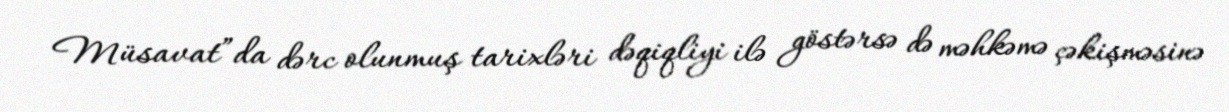
Müsavat”da dərc olunmuş tarixləri dəqiqliyi ilə göstərsə də məhkəmə çəkişməsinə